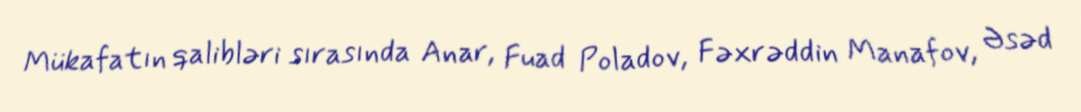
Mükafatın qalibləri sırasında Anar, Fuad Poladov, Fəxrəddin Manafov, Əsəd